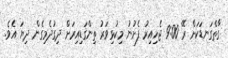
ގާތްގަނޑަކަށް ރޭ 9:00 ޖެހިއިރު ފެށުނު މިކުޅިވަރު ތިންގަޑިއިރަށް ދިގުދެމިގެން ދިޔަ އެވެ.